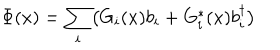
\Phi ( x ) = \sum _ { i } \bigl ( G _ { i } ( x ) b _ { i } + G _ { i } ^ { * } ( x ) b _ { i } ^ { \dagger } \bigr )